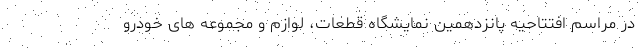
در مراسم افتتاحیه پانزدهمین نمایشگاه قطعات، لوازم و مجموعه های خودرو